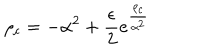
\rho _ { c } = - \alpha ^ { 2 } + { \frac { \epsilon } { 2 } } e ^ { \frac { \rho _ { c } } { \alpha ^ { 2 } } }